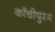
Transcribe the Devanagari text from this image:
काँचीपुरम